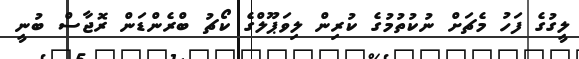
ލީގުގެ ފަހު މެޗަށް ނުކުތުމުގެ ކުރިން ލިވަޕޫލްގެ ކޯޗު ބްރެންޑަން ރޮޖާސް ބުނީ